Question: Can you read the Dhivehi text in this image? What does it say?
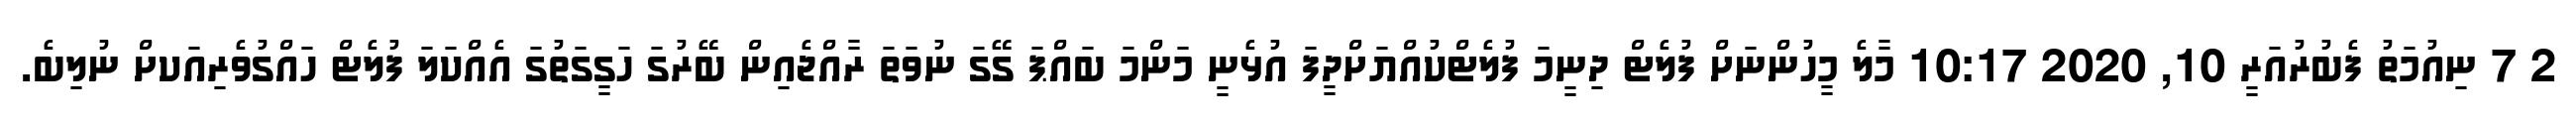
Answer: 2 7 ނިއުމަތު ފެބުރުއަރީ 10, 2020 10:17 މާލެ މީހުންނަށް ފުލެޓް ދިނީމަ ފުލެޓްކުއްޔަށްދީފަ އުޅެނީ މަންމަ ބައްޕަ ގޭގަ ނުވަތަ ރާއްޖެއިން ބޭރުގަ ހަގީގަތުގަ އެއްކަލަ ފުލެޓް ހައްގުވެރިއަކށް ނުލިބެ.